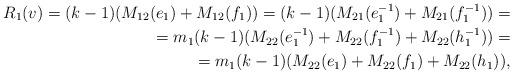
LaTeX: \begin{align*}R_1(v)=(k-1)(M_{12}(e_1)+M_{12}(f_1))=(k-1)(M_{21}(e_1^{-1})+M_{21}(f_1^{-1}))= \\ =m_1(k-1)(M_{22}(e_1^{-1})+M_{22}(f_1^{-1})+M_{22}(h_1^{-1}))= \\ =m_1(k-1)(M_{22}(e_1)+M_{22}(f_1)+M_{22}(h_1)),\end{align*}